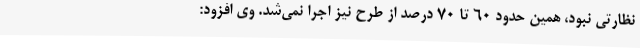
نظارتی نبود، همین حدود 60 تا 70 درصد از طرح نیز اجرا نمی‌شد. وی افزود: